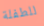
للطفلة